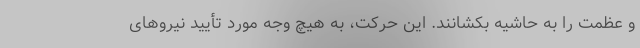
و عظمت را به حاشیه بکشانند. این حرکت، به هیچ وجه مورد تأیید نیروهای